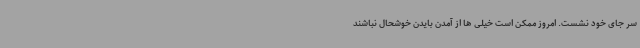
سر جای خود نشست. امروز ممکن است خیلی ها از آمدن بایدن خوشحال نباشند